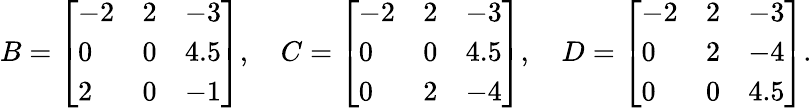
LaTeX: B={\left[\begin{array}{lll}{-2}&{2}&{-3}\\ {0}&{0}&{4.5}\\ {2}&{0}&{-1}\end{array}\right]},\quad C={\left[\begin{array}{lll}{-2}&{2}&{-3}\\ {0}&{0}&{4.5}\\ {0}&{2}&{-4}\end{array}\right]},\quad D={\left[\begin{array}{lll}{-2}&{2}&{-3}\\ {0}&{2}&{-4}\\ {0}&{0}&{4.5}\end{array}\right]}.